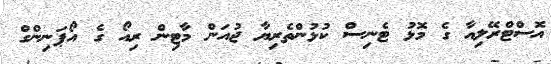
އޮސްޓްރޭލިއާ ގެ މޮޅު ޓެނިސް ކުޅުންތެރިޔާ ޖުއަން މާޓިން ރިއޯ ގެ އޯޕަނިންގް